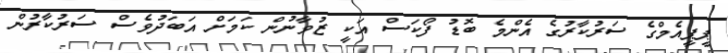
ޕީޕީއެމްގެ ސަރުކާރުގެ އެންމެ ބޮޑު ފޯކަސް އަކީ ޒުވާނުން ކަމަށް އަބަދުވެސް ސަރުކާރުން